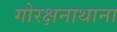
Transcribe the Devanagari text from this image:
गोरक्षनाथाना